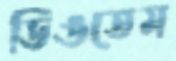
ডিঙতেম